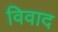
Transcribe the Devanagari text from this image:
विवाद